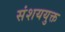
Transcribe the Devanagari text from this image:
संशययुक्त